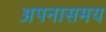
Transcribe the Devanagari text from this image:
अपनासमय